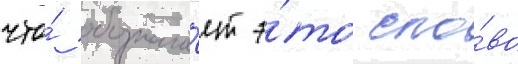
что́ обознача́ет э́то сло́во